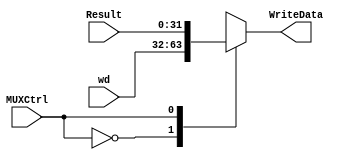
//MUX
module MUX (Result,wd,MUXCtrl,WriteData);
	input[31:0] Result,wd;
	input MUXCtrl;

	output reg [31:0] WriteData;

	always @(MUXCtrl, Result, wd) begin
			case(MUXCtrl)
				0 :  WriteData<=wd;
				1 :  WriteData<= Result;
			endcase
	end

endmodule
//ALU 
module ALU(Result,overFlow, A,B,op,shamt,zero);
	output [31:0] Result;
	output overFlow;
	output zero;

	input [31:0] A,B;
	input [3:0] op;
	input [4:0] shamt;

	assign Result =
		(op==0) ? (A+B): /*add*/
		(op==1) ? (A-B) : /*subtract*/
		(op==2) ? (A&B) : /*and*/
		(op==3) ? (A|B) : /*or*/
		(op==4) ? (A << shamt) : /*shift left*/
		(op==5) ? (A >> shamt) : /*shift right logical*/
		(op==6) ? $signed ($signed(A) >>> shamt)  : /*shift right arithmatic*/
		(op==7) ? ($signed(A)>$signed(B) ? (1):32'b0  ) : /*check .. if A>B print 1 .. else print0*/
		(op==8) ? ($signed(A)<$signed(B) ? (1):32'b0  ) :  /*check .. if A<B print 1 .. else print0*/
		32'b0 ; 

	assign overFlow = (A[31] == B[31] && Result[31] != A[31]) ? 1 : 0;

	assign zero  = ((A-B)==0)? 1 : 0;

endmodule

module Execution(Operand1,Operand2,ALUOp,shamt,ALUSrc,ImmediateField,ALUresult,zeroflag,overFlow);
input wire [31:0]Operand1;
input wire [31:0]Operand2;
input wire [3:0]ALUOp;
input wire [4:0]shamt;
input wire ALUSrc;
input wire [31:0]ImmediateField;
output wire [31:0]ALUresult;
output wire zeroflag,overFlow;
wire [31:0]ALUoperand2;
MUX myMUX(ImmediateField,Operand2,ALUSrc,ALUoperand2);
ALU MyALU(ALUresult,overFlow,Operand1,ALUoperand2,ALUOp,shamt,zeroflag);

endmodule